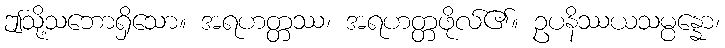
ဤသို့သဘောရှိသော။ အရဟတ္တဿ၊ အရဟတ္တဖိုလ်၏။ ဥပနိဿယသမ္ပန္နော၊